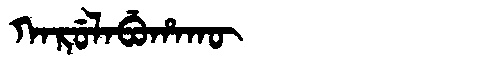
Manchu: ᡴᠠᡵᡠᠯᠠᠪᡠᡥᠠᡴᡡ
Romanization: KARULABUHAKŪ